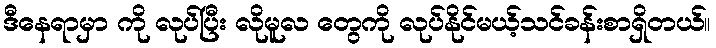
ဒီနေရာမှာ ကို လုပ်ပြီး လိုမူလ တွေကို လုပ်နိုင်မယ့်သင်ခန်းစာရှိတယ်။